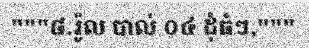
"""៨.រ៉ូល បាល់ ០៤ ដុំធំៗ,"""